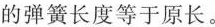
的弹簧长度等于原长。